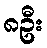
၈ဦး